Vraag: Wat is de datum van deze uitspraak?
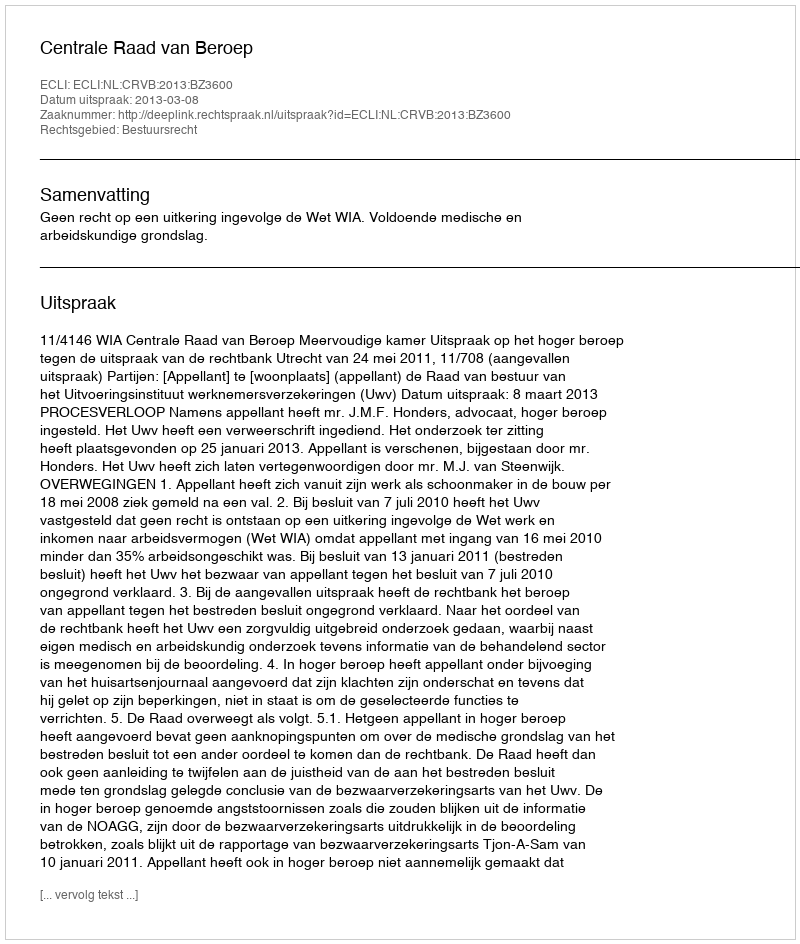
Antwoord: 2013-03-08